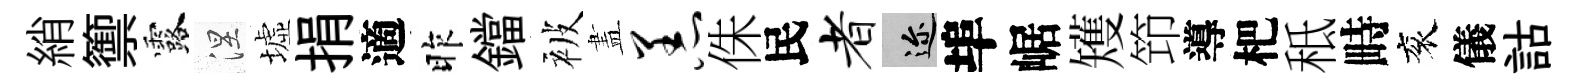
綃籞露涅墟捐適昨鐺被𥁞恙侏民者邇埠崌矱笻導杷秪畤衮儀詁